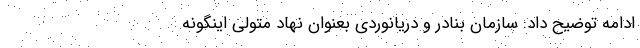
ادامه توضیح داد: سازمان بنادر و دریانوردی بعنوان نهاد متولی اینگونه